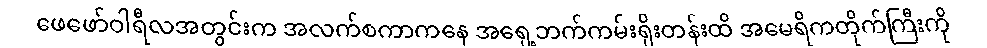
ဖေဖော်ဝါရီလအတွင်းက အလက်စကာကနေ အရှေ့ဘက်ကမ်းရိုးတန်းထိ အမေရိကတိုက်ကြီးကို